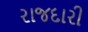
રાજદારી